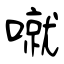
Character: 噈